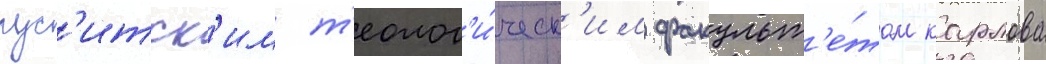
гус'итск'им т'еолог'и́ческ'им факульт'е́том карлова